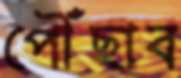
পৌঁছাব